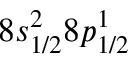
8 s _ { 1 / 2 } ^ { 2 } 8 p _ { 1 / 2 } ^ { 1 }